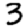
Digit: 3